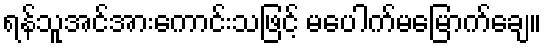
ရန်သူအင်အားကောင်းသဖြင့် မပေါက်မမြောက်ချေ။